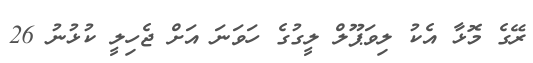
ރޭގެ މޮޅާ އެކު ލިވަޕޫލް ލީގުގެ ހަވަނަ އަށް ޖެހިލީ ކުޅުނު 26